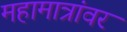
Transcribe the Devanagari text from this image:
महामात्रांवर